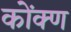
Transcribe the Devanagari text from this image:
कोंक्ण